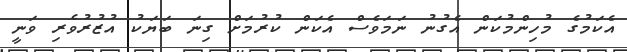
އެކަމުގެ މުހިންމުކަން އެގުނު ނަމަވެސް އެކަން ކުރުމަށް ގިނަ ބަޔަކު އުޒުރުވެރި ވަނީ